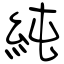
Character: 純